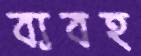
ব্যবহ